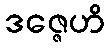
ဒဇ္ဇေဟိ